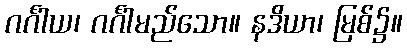
ဂင်္ဂါယ၊ ဂင်္ဂါမည်သော။ နဒိယာ၊ မြစ်၌။